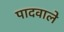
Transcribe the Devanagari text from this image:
पादवाले